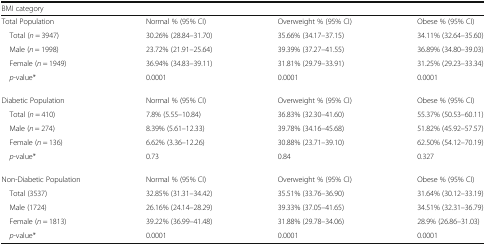
<table><thead><tr><td colspan="4"><b>BMI category</b></td></tr></thead><tbody><tr><td>Total Population</td><td>Normal % (95% CI)</td><td>Overweight % (95% CI)</td><td>Obese % (95% CI)</td></tr><tr><td> Total (<i>n</i> = 3947)</td><td>30.26% (28.84–31.70)</td><td>35.66% (34.17–37.15)</td><td>34.11% (32.64–35.60)</td></tr><tr><td> Male (<i>n</i> = 1998)</td><td>23.72% (21.91–25.64)</td><td>39.39% (37.27–41.55)</td><td>36.89% (34.80–39.03)</td></tr><tr><td> Female (<i>n</i> = 1949)</td><td>36.94% (34.83–39.11)</td><td>31.81% (29.79–33.91)</td><td>31.25% (29.23–33.34)</td></tr><tr><td> <i>p</i>-value*</td><td>0.0001</td><td>0.0001</td><td>0.0001</td></tr><tr><td>Diabetic Population</td><td>Normal % (95% CI)</td><td>Overweight % (95% CI)</td><td>Obese % (95% CI)</td></tr><tr><td> Total (<i>n</i> = 410)</td><td>7.8% (5.55–10.84)</td><td>36.83% (32.30–41.60)</td><td>55.37% (50.53–60.11)</td></tr><tr><td> Male (<i>n</i> = 274)</td><td>8.39% (5.61–12.33)</td><td>39.78% (34.16–45.68)</td><td>51.82% (45.92–57.57)</td></tr><tr><td> Female (<i>n</i> = 136)</td><td>6.62% (3.36–12.26)</td><td>30.88% (23.71–39.10)</td><td>62.50% (54.12–70.19)</td></tr><tr><td> <i>p</i>-value*</td><td>0.73</td><td>0.84</td><td>0.327</td></tr><tr><td>Non-Diabetic Population</td><td>Normal % (95% CI)</td><td>Overweight % (95% CI)</td><td>Obese % (95% CI)</td></tr><tr><td> Total (3537)</td><td>32.85% (31.31–34.42)</td><td>35.51% (33.76–36.90)</td><td>31.64% (30.12–33.19)</td></tr><tr><td> Male (1724)</td><td>26.16% (24.14–28.29)</td><td>39.33% (37.05–41.65)</td><td>34.51% (32.31–36.79)</td></tr><tr><td> Female (<i>n</i> = 1813)</td><td>39.22% (36.99–41.48)</td><td>31.88% (29.78–34.06)</td><td>28.9% (26.86–31.03)</td></tr><tr><td> <i>p</i>-value*</td><td>0.0001</td><td>0.0001</td><td>0.0001</td></tr></tbody></table>